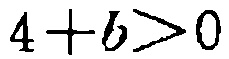
\(4 + b>0\)